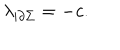
\lambda _ { | \partial \Sigma } = - c .